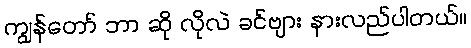
ကျွန်တော် ဘာ ဆို လိုလဲ ခင်ဗျား နားလည်ပါတယ်။